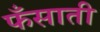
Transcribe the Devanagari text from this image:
फँसाती